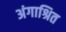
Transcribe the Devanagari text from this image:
अंगाश्रित